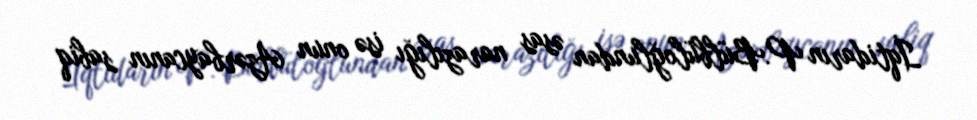
İqtidarın P.Bülbüloğlundan əsas narazılığı isə onun Azərbaycanın sabiq